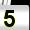
Digit: 5